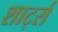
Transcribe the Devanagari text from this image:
शार्ट्स